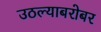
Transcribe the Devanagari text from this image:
उठल्याबरोबर